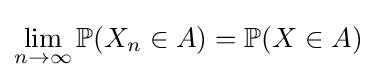
\lim _{n\to \infty }\mathbb {P} (X_{n}\in A)=\mathbb {P} (X\in A)